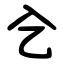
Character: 㐈